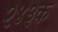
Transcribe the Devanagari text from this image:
२४३क